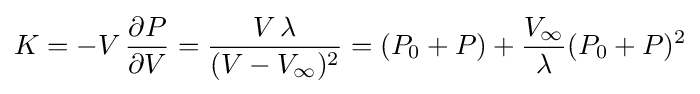
K=-V\,{\frac {\partial P}{\partial V}}={\frac {V\,\lambda }{(V-V_{\infty })^{2}}}=(P_{0}+P)+{\frac {V_{\infty }}{\lambda }}(P_{0}+P)^{2}